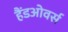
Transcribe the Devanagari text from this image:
हैंडओवर्स